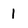
Character: I